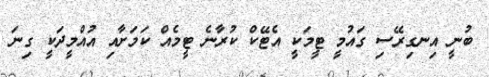
ބުނީ އިނގިރޭސި ގައުމީ ޓީމަކީ އެޓޭކް ކުރާނެ ޓީމެއް ކަމަށާއި އުއްމީދަކީ ގިނަ